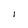
Character: I